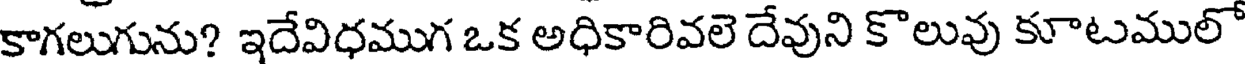
కాగలుగును? ఇదేవిధముగ ఒక అధికారివలె దేవుని కొలువు కూటములో